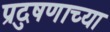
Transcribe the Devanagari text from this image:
प्रदुषणाच्या